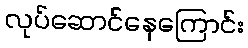
လုပ်ဆောင်နေကြောင်း